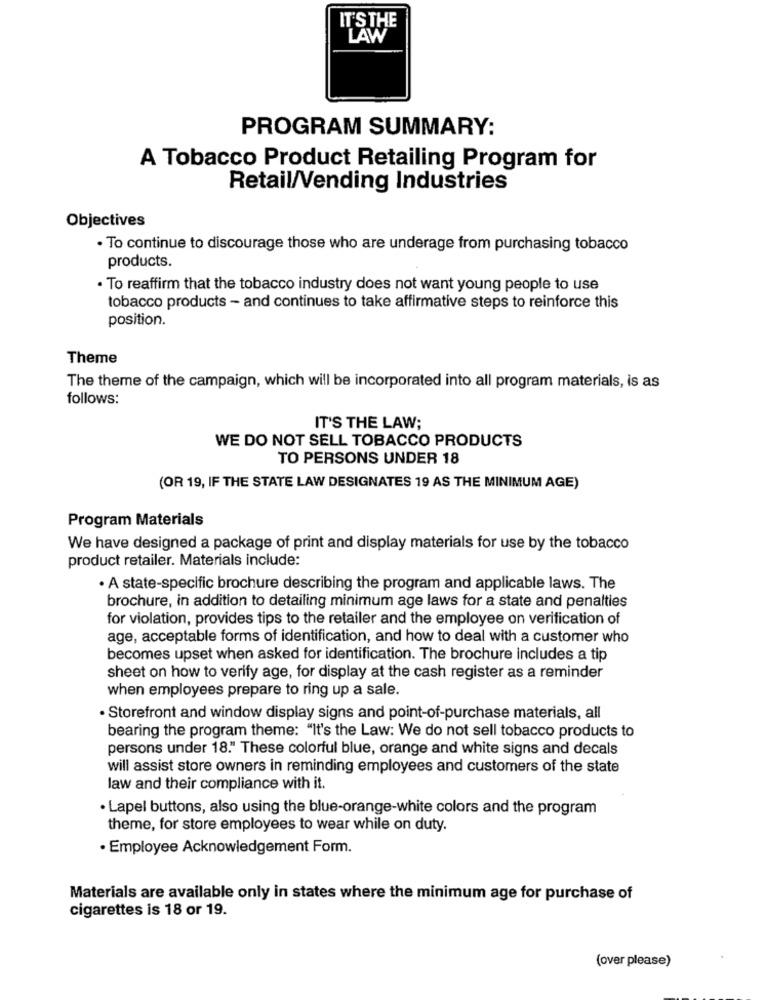
IT'S THE
LAW
PROGRAM SUMMARY:
A Tobacco Product Retailing Program for
Retail/Vending Industries
Objectives
· To continue to discourage those who are underage from purchasing tobacco
products.
· To reaffirm that the tobacco industry does not want young people to use
tobacco products - and continues to take affirmative steps to reinforce this
position.
Theme
The theme of the campaign, which will be incorporated into all program materials, is as
follows:
IT'S THE LAW;
WE DO NOT SELL TOBACCO PRODUCTS
TO PERSONS UNDER 18
(OR 19, IF THE STATE LAW DESIGNATES 19 AS THE MINIMUM AGE)
Program Materials
We have designed a package of print and display materials for use by the tobacco
product retailer. Materials include:
. A state-specific brochure describing the program and applicable laws. The
brochure, in addition to detailing minimum age laws for a state and penalties
for violation, provides tips to the retailer and the employee on verification of
age, acceptable forms of identification, and how to deal with a customer who
becomes upset when asked for identification. The brochure includes a tip
sheet on how to verify age, for display at the cash register as a reminder
when employees prepare to ring up a sale.
· Storefront and window display signs and point-of-purchase materials, all
bearing the program theme: "It's the Law: We do not sell tobacco products to
persons under 18." These colorful blue, orange and white signs and decals
will assist store owners in reminding employees and customers of the state
law and their compliance with it.
· Lapel buttons, also using the blue-orange-white colors and the program
theme, for store employees to wear while on duty.
· Employee Acknowledgement Form.
Materials are available only in states where the minimum age for purchase of
cigarettes is 18 or 19.
(over please)